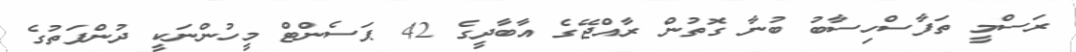
ރަސްމީ ތަފާސްހިސާބު ބުނާ ގޮތުން ރާއްޖޭގެ އާބާދީގެ 42 ޕަސެންޓް މީހުންނަކީ ދުންފަތުގެ